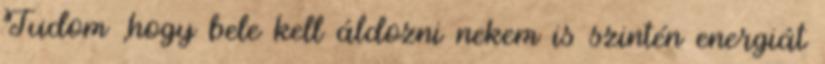
Tudom ,hogy bele kell áldozni nekem is szintén energiát